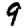
Digit: 9